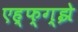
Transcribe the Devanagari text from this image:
एह्फ्ग्झे